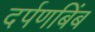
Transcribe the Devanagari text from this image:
दर्पणबिंब